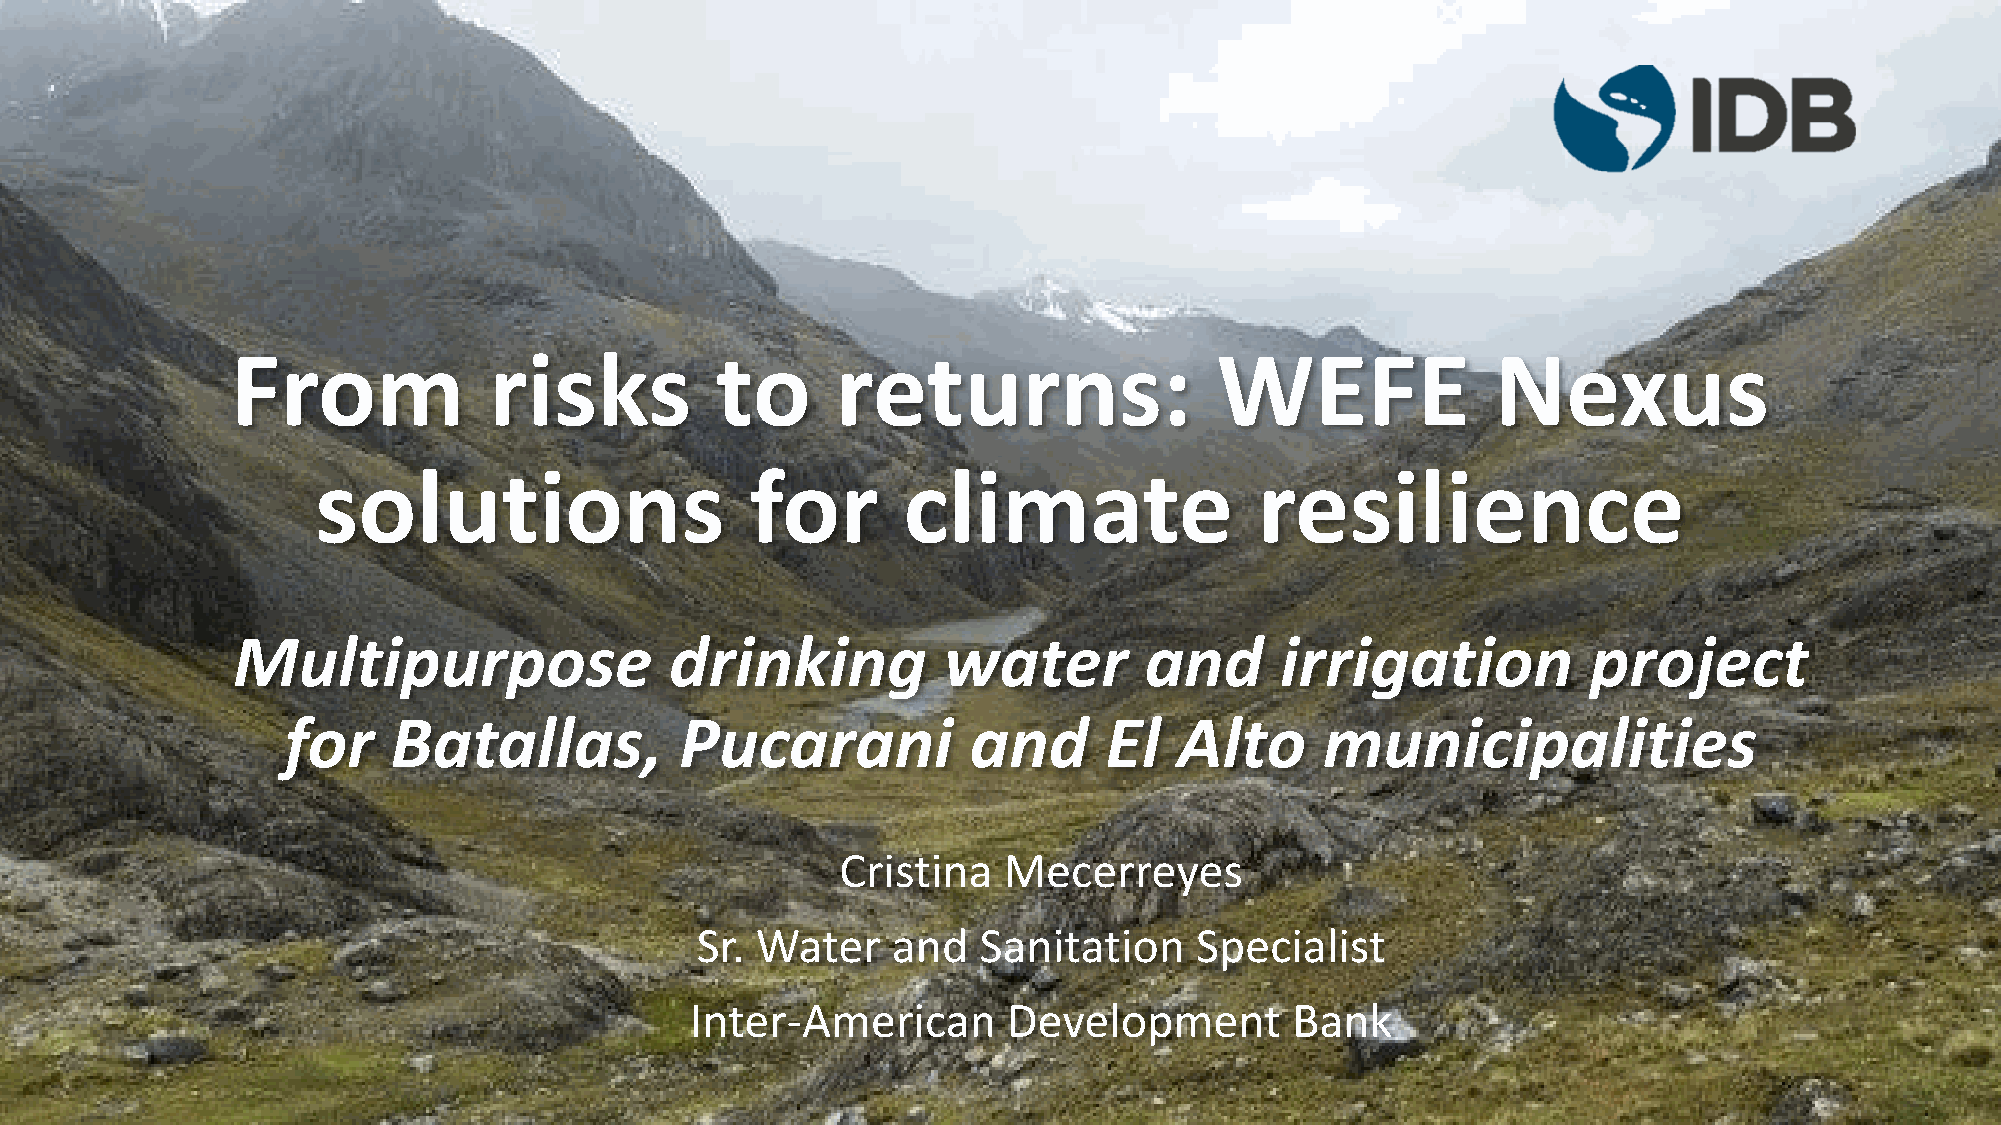
From             risks          to      returns:                  WEFE              Nexus
 solutions                    for       climate                resilience
 Multipurpose                 drinking          water         and      irrigation          project
 for    Batallas,          Pucarani           and      El   Alto      municipalities
 Cristina  Mecerreyes
 Sr. Water    and   Sanitation    Specialist
 Inter-American       Development        Bank